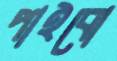
পাইবো